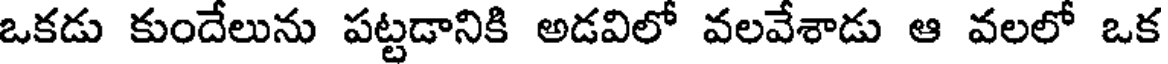
ఒకడు కుందేలును పట్టడానికి అడవిలో వలవేశాడు ఆ వలలో ఒక